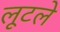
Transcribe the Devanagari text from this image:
लूटले